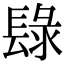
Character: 𨲒